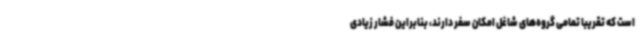
است که تقریبا تمامی گروه‌های شاغل امکان سفر دارند، بنابراین فشار زیادی